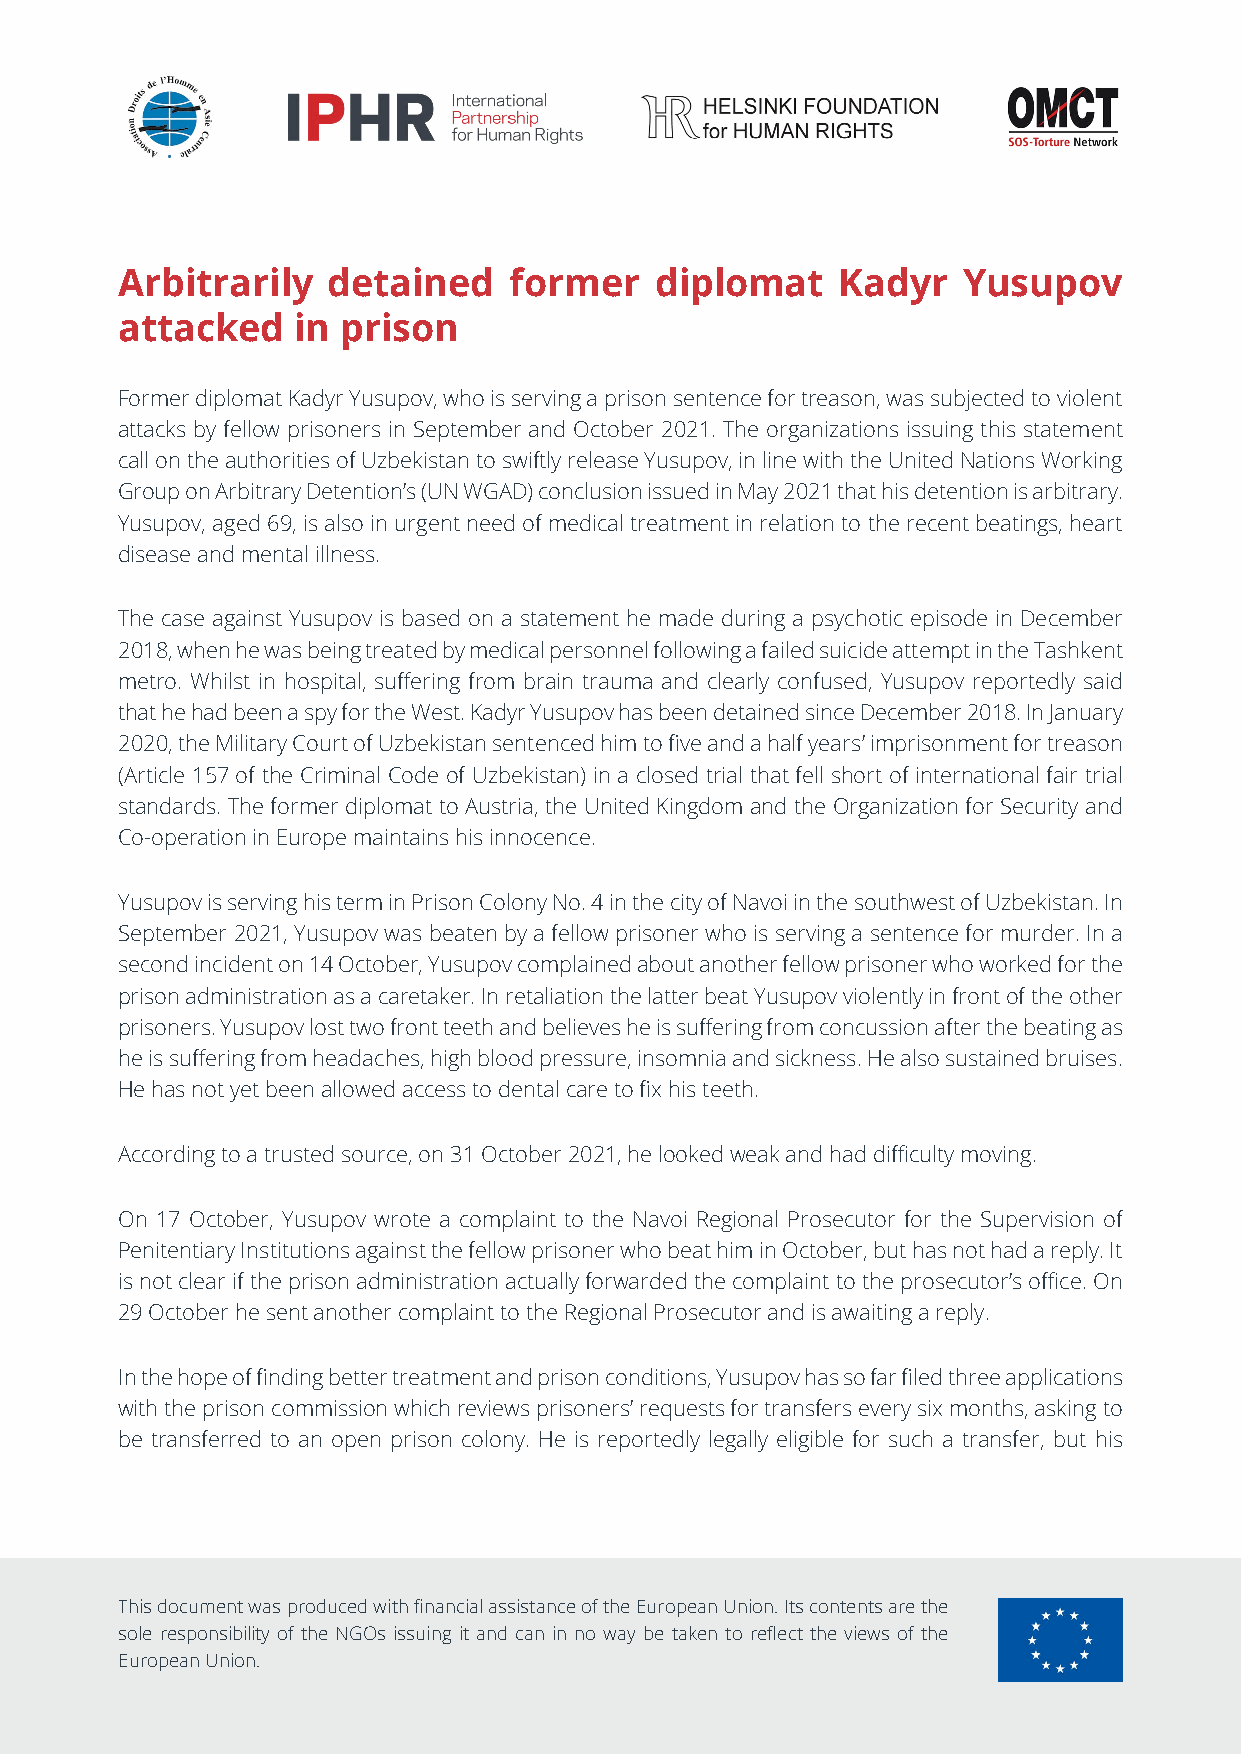
Arbitrarily   detained    former   diplomat    Kadyr    Yusupov
 attacked   in  prison
 Former diplomat Kadyr Yusupov, who is serving a prison sentence for treason, was subjected to violent
 attacks by fellow prisoners in September and October 2021. The organizations issuing this statement
 call on the authorities of Uzbekistan to swiftly release Yusupov, in line with the United Nations Working
 Group on Arbitrary Detention’s (UN WGAD) conclusion issued in May 2021 that his detention is arbitrary.
 Yusupov, aged 69, is also in urgent need of medical treatment in relation to the recent beatings, heart
 disease and mental illness.
 The case against Yusupov is based on a statement he made during a psychotic episode in December
 2018, when he was being treated by medical personnel following a failed suicide attempt in the Tashkent
 metro. Whilst in hospital, suffering from brain trauma and clearly confused, Yusupov reportedly said
 that he had been a spy for the West. Kadyr Yusupov has been detained since December 2018. In January
 2020, the Military Court of Uzbekistan sentenced him to five and a half years’ imprisonment for treason
 (Article 157 of the Criminal Code of Uzbekistan) in a closed trial that fell short of international fair trial
 standards. The former diplomat to Austria, the United Kingdom and the Organization for Security and
 Co-operation in Europe maintains his innocence.
 Yusupov is serving his term in Prison Colony No. 4 in the city of Navoi in the southwest of Uzbekistan. In
 September 2021, Yusupov was beaten by a fellow prisoner who is serving a sentence for murder. In a
 second incident on 14 October, Yusupov complained about another fellow prisoner who worked for the
 prison administration as a caretaker. In retaliation the latter beat Yusupov violently in front of the other
 prisoners. Yusupov lost two front teeth and believes he is suffering from concussion after the beating as
 he is suffering from headaches, high blood pressure, insomnia and sickness. He also sustained bruises.
 He has not yet been allowed access to dental care to fix his teeth.
 According to a trusted source, on 31 October 2021, he looked weak and had difficulty moving.
 On 17 October, Yusupov wrote a complaint to the Navoi Regional Prosecutor for the Supervision of
 Penitentiary Institutions against the fellow prisoner who beat him in October, but has not had a reply. It
 is not clear if the prison administration actually forwarded the complaint to the prosecutor’s office. On
 29 October he sent another complaint to the Regional Prosecutor and is awaiting a reply.
 In the hope of finding better treatment and prison conditions, Yusupov has so far filed three applications
 with the prison commission which reviews prisoners’ requests for transfers every six months, asking to
 be transferred to an open prison colony. He is reportedly legally eligible for such a transfer, but his
 This document was produced with financial assistance of the European Union. Its contents are the
 sole responsibility of the NGOs issuing it and can in no way be taken to reflect the views of the
 European Union.